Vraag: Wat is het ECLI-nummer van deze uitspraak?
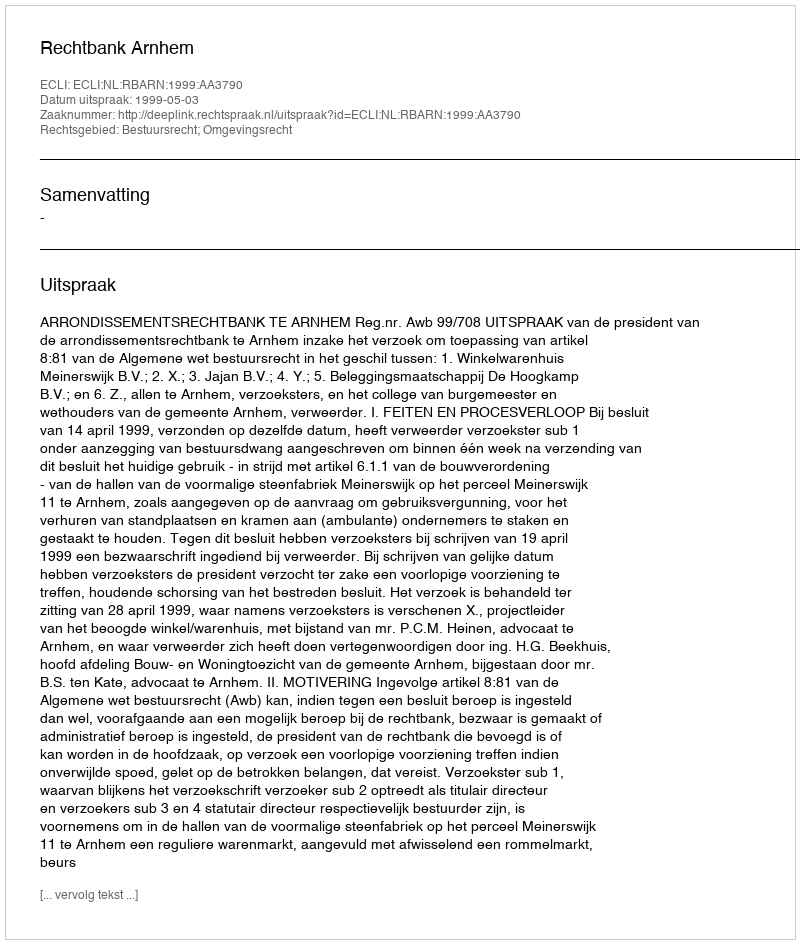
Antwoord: ECLI:NL:RBARN:1999:AA3790